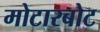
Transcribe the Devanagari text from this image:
मोटारबोट